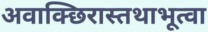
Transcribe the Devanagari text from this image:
अवाक्छिरास्तथाभूत्वा